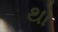
થો